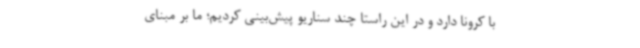
با کرونا دارد و در این راستا چند سناریو پیش‌بینی کردیم؛ ما بر مبنای